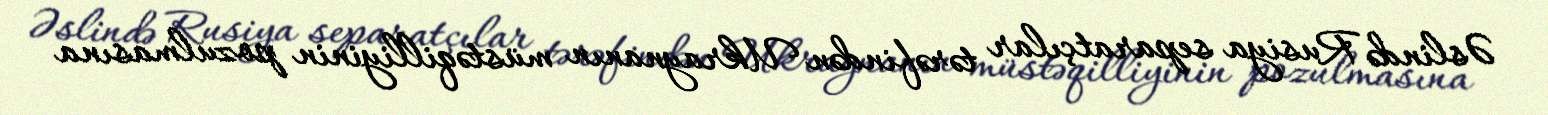
Əslində Rusiya separatçılar tərəfindən Ukraynanın müstəqilliyinin pozulmasına